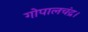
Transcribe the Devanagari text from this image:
गोपालचंद्र।